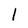
Character: 1